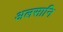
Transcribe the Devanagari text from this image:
अलसानि